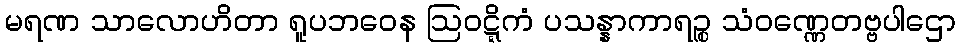
မရဏ သာလောဟိတာ ရူပဘဝေန ဩဝဋ္ဋိကံ ပသန္နာကာရဉ္စ သံဝဏ္ဏေတဗ္ဗပါဌော